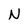
Character: N